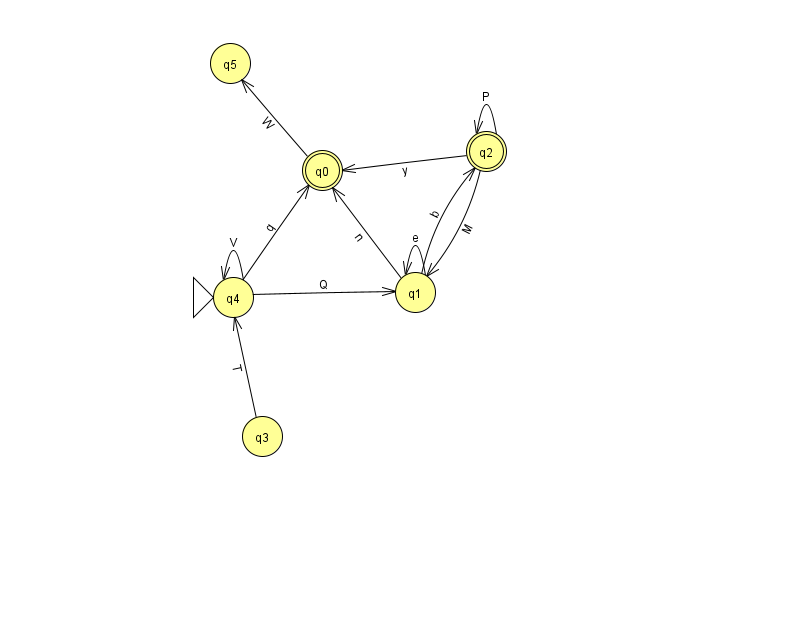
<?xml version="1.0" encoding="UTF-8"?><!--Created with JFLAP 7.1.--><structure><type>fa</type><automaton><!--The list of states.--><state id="0" name="q0"><x>322.0</x><y>157.0</y><final/></state><state id="1" name="q1"><x>415.0</x><y>279.0</y></state><state id="2" name="q2"><x>486.0</x><y>138.0</y><final/></state><state id="3" name="q3"><x>262.0</x><y>423.0</y></state><state id="4" name="q4"><x>233.0</x><y>284.0</y><initial/></state><state id="5" name="q5"><x>230.0</x><y>50.0</y></state><!--The list of transitions.--><transition><from>2</from><to>2</to><read>P</read></transition><transition><from>1</from><to>1</to><read>e</read></transition><transition><from>4</from><to>4</to><read>V</read></transition><transition><from>1</from><to>2</to><read>b</read></transition><transition><from>2</from><to>1</to><read>M</read></transition><transition><from>4</from><to>0</to><read>q</read></transition><transition><from>0</from><to>5</to><read>W</read></transition><transition><from>3</from><to>4</to><read>T</read></transition><transition><from>4</from><to>1</to><read>Q</read></transition><transition><from>1</from><to>0</to><read>n</read></transition><transition><from>2</from><to>0</to><read>y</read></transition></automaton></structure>